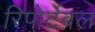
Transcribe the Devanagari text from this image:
रिपोर्टेबल